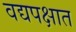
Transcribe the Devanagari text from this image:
वद्यपक्षात